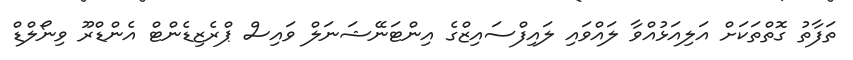
ތަފާތު ގޮތްތަކަށް އަލިއަޅުއްވާ ލައްވައި ލައިފްސައިޒްގެ އިންޓަނޭޝަނަލް ވައިސް ޕްރެޒިޑެންޓް އެންޑްރޫ ވިނޯލްޑް